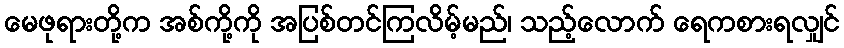
မေဖုရားတို့က အစ်ကို့ကို အပြစ်တင်ကြလိမ့်မည်၊ သည့်လောက် ရေကစားရလျှင်